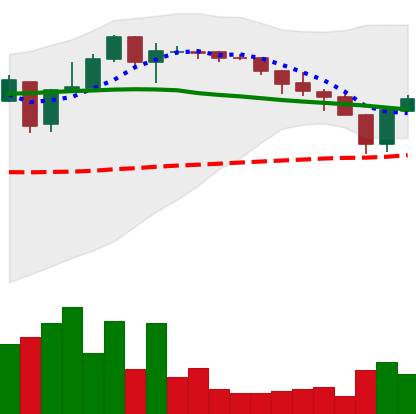
Ticker: XLM-USD
Chart end date: 2018-05-13
Forward return: -14.996%
Label: down_7plus